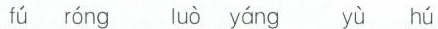
fú róng luò yáng yù hú